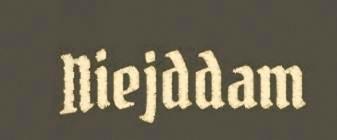
Niejddam